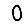
Digit: 0